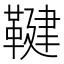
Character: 鞬